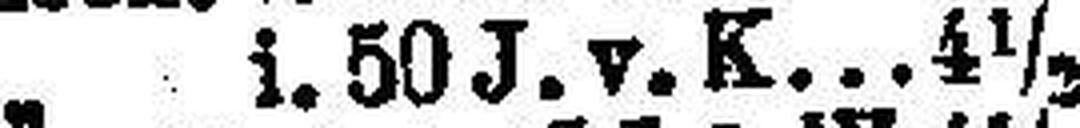
i. 50J. v. K 4 ½